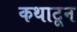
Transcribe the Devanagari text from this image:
कथाटून